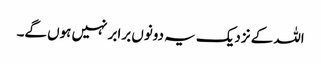
اللہ کے نزدیک یہ دونوں برابر نہیں ہوں گے۔